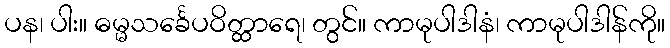
ပန၊ ပါး။ ဓမ္မသင်္ခေပဝိတ္ထာရေ၊ တွင်။ ကာမုပါဒါနံ၊ ကာမုပါဒါန်ကို။